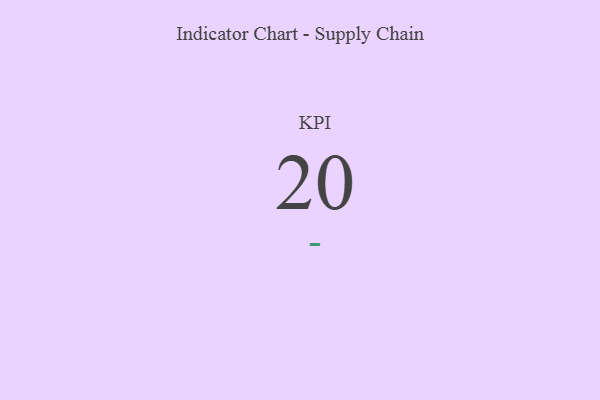
{"axis": {"x": "KPI", "y": "Value"}, "legend": [""], "data": [{"x": "KPI", "y": 20, "type": ""}]}